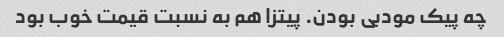
چه پیک مودبی بودن. پیتزا هم به نسبت قیمت خوب بود